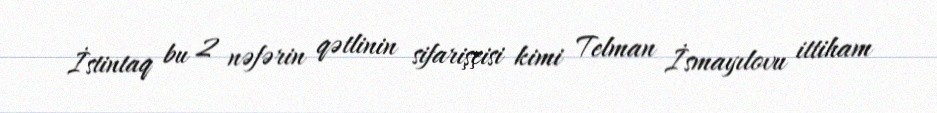
İstintaq bu 2 nəfərin qətlinin sifarişçisi kimi Telman İsmayılovu ittiham